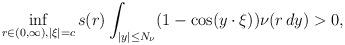
LaTeX: \begin{align*} \inf_{r \in (0, \infty),|\xi|=c} s(r)\int_{|y|\leq N_\nu}(1-\cos(y \cdot \xi))\nu(r\, dy) >0,\end{align*}